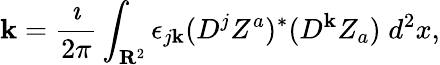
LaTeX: \mathbf{k}=\frac{{\imath}}{{2\pi}}\int_{{\mathbf{R}}^{2}}\epsilon_{j\mathbf{k}}(D^{j}Z^{a})^{*}(D^{\mathbf{k}}Z_{a})\; d^{2}x,